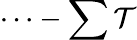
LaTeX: \cdots-\sum\mathcal{T}